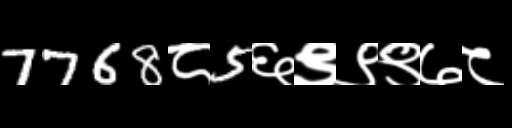
Text: 7768८5६९९९७८